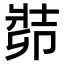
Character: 𠨡